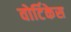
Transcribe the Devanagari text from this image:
वोर्टिकेस